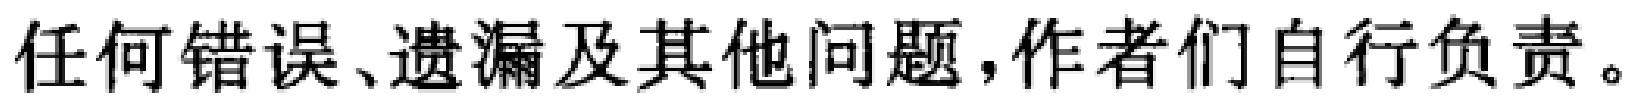
任何错误、遗漏及其他问题，作者们自行负责。